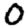
Digit: 0